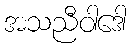
အသညီဝါဒေါ